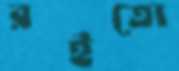
রইতো